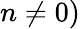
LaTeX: n\neq 0)